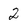
Character: 2